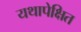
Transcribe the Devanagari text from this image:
यथापेक्षित